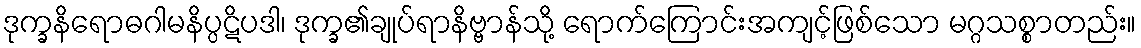
ဒုက္ခနိရောဓဂါမနိပ္ပဋိပဒါ၊ ဒုက္ခ၏ချုပ်ရာနိဗ္ဗာန်သို့ ရောက်ကြောင်းအကျင့်ဖြစ်သော မဂ္ဂသစ္စာတည်း။